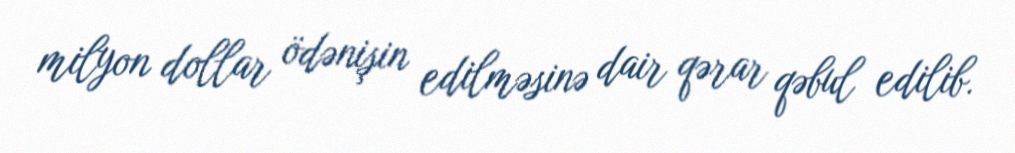
milyon dollar ödənişin edilməsinə dair qərar qəbul edilib.